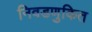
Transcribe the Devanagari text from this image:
निवडणुकित